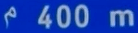
^{\wedge}400\